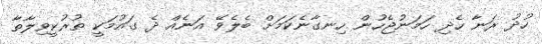
ހުދު ރަނާ ހެދި ހަމަނުޖެހުން ހިނގާނެކަމަށް ބެލެވޭ އަނެއް ދެ ގައުމަކީ ތުރުކީވިލާތާ